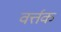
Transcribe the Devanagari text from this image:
वर्त्तक